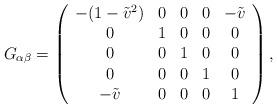
LaTeX: \begin{align*}G_{\alpha\beta} = \left(\begin{array}{ccccc} - (1 - \tilde v^2)&0&0&0&- \tilde v\\ 0&1&0&0&0\\ 0&0&1&0&0\\ 0&0&0&1&0\\ -\tilde v&0&0&0&1\end{array}\right),\end{align*}